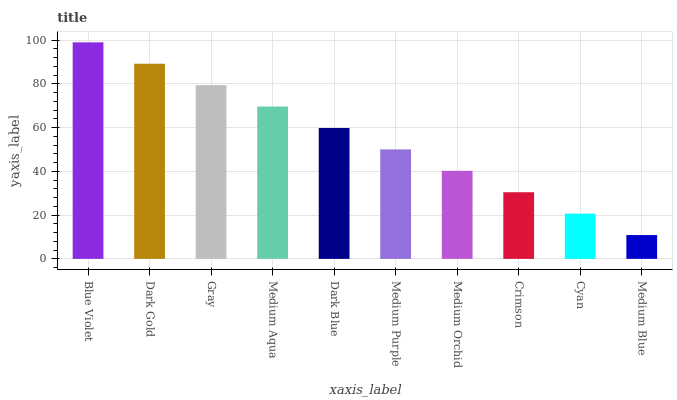
| xaxis_label | bars |
 | --- | --- |
 | Blue Violet | 99 |
 | Dark Gold | 89.2 |
 | Gray | 79.4 |
 | Medium Aqua | 69.6 |
 | Dark Blue | 59.8 |
 | Medium Purple | 50.1 |
 | Medium Orchid | 40.3 |
 | Crimson | 30.5 |
 | Cyan | 20.7 |
 | Medium Blue | 10.9 |